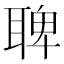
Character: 聛